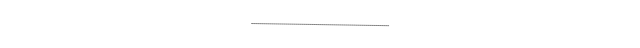
---------------------------------------------------------------------